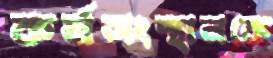
কর্মসংস্থানকে